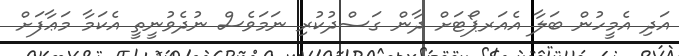
އަދި އެމީހުން ބަލާ އެއަރޕޯޓަށް ދާން ގަސްދުކުރި ނަމަވެސް ނުދެވުނީތީ އެކަމާ މަޢާފަށް